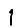
Digit: 1